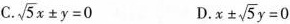
C. $$\sqrt{5}x \pm y=0$$ D. $$x \pm \sqrt{5}y=0$$